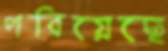
পরিয়েছে